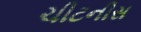
ચીટનીસ